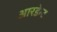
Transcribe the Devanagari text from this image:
आरडेन्ट